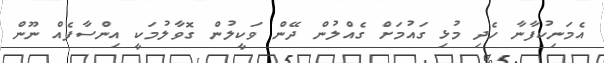
އެމަނިކުފާނާ ހެދި މުޅި ގައުމަށް ގެއްލުން ދޭން ވަކީލުން ގޮވާލުމަކީ އިންސާފެއް ނޫން